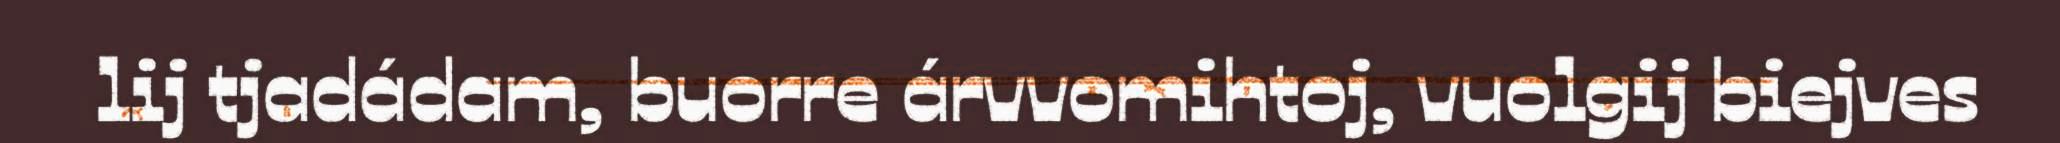
lij tjadádam, buorre árvvomihtoj, vuolgij biejves